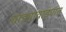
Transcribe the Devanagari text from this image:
वाड्यावाड्यात